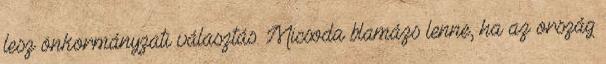
lesz önkormányzati választás. Micsoda blamázs lenne, ha az ország